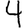
Digit: 4